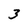
Character: 3